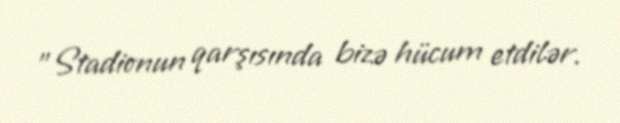
"Stadionun qarşısında bizə hücum etdilər.